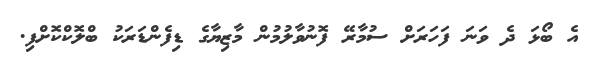
އެ ބޯޅަ ދެ ވަނަ ފަހަރަށް ސުމާރޭ ފޮނުވާލުމުން މާޒިޔާގެ ޑިފެންޑަރަކު ބްލޮކްކޮށްފި.